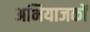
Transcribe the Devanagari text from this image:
अभियाजकों